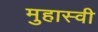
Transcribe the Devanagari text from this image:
मुहास्वी